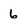
Character: 6